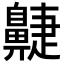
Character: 𪖮